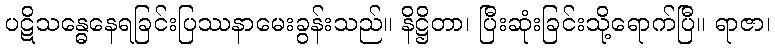
ပဋိသန္ဓေနေရခြင်းပြဿနာမေးခွန်းသည်။ နိဋ္ဌိတာ၊ ပြီးဆုံးခြင်းသို့ရောက်ပြီ။ ရာဇာ၊